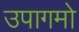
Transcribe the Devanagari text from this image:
उपागमो